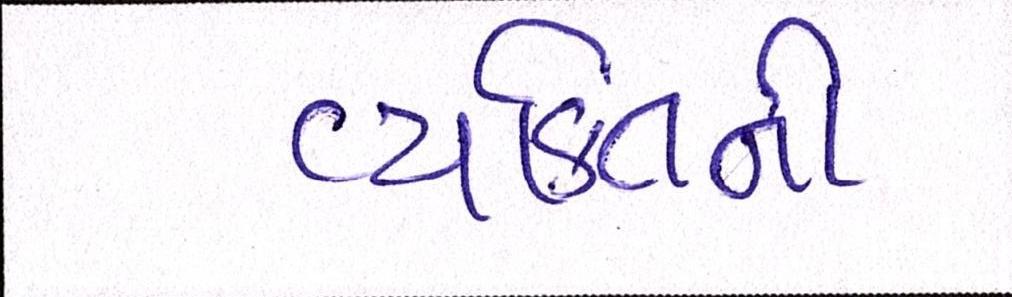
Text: વ્યકિતની